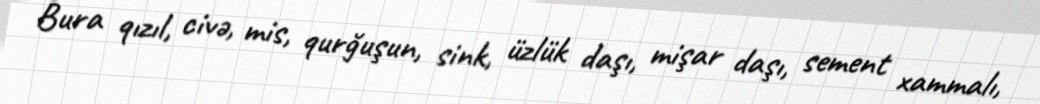
Bura qızıl, civə, mis, qurğuşun, sink, üzlük daşı, mişar daşı, sement xammalı,